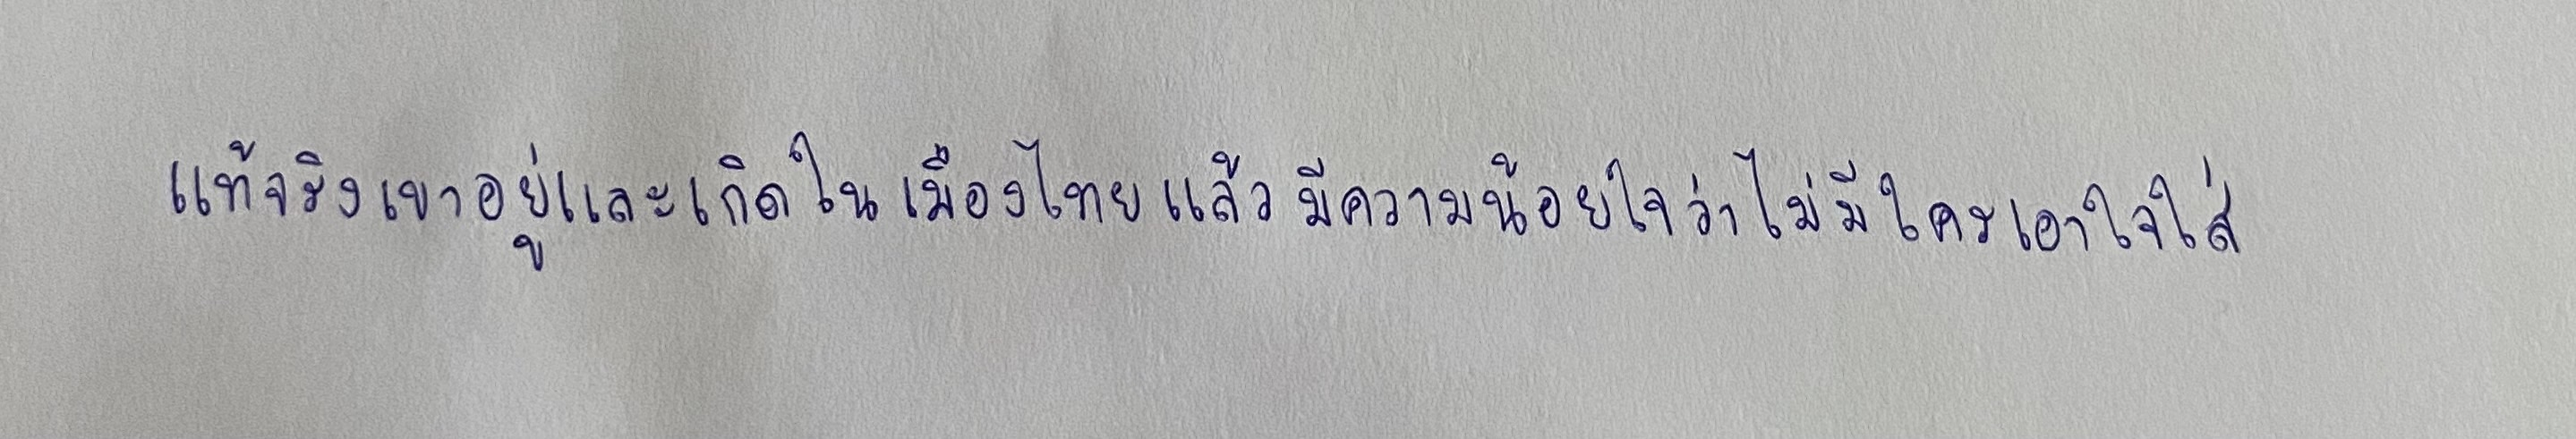
แท้จริงเขาอยู่และเกิดในเมืองไทยแล้วมีความน้อยใจว่าไม่มีใครเอาใจใส่